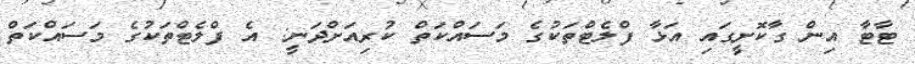
ޓާޓާ އިން ގާކޮށީގައި އަޅާ ފްލެޓްތަކުގެ މަސައްކަތް ކުރިއަށްދަނީ: އެ ފްލެޓްތަކުގެ މަސައްކަތް